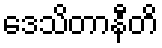
ဒေသိတာနီတိ